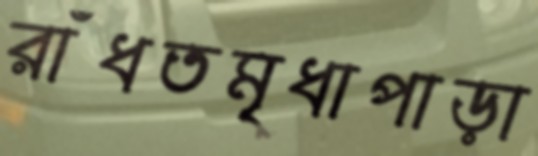
রাঁধতমৃধাপাড়া